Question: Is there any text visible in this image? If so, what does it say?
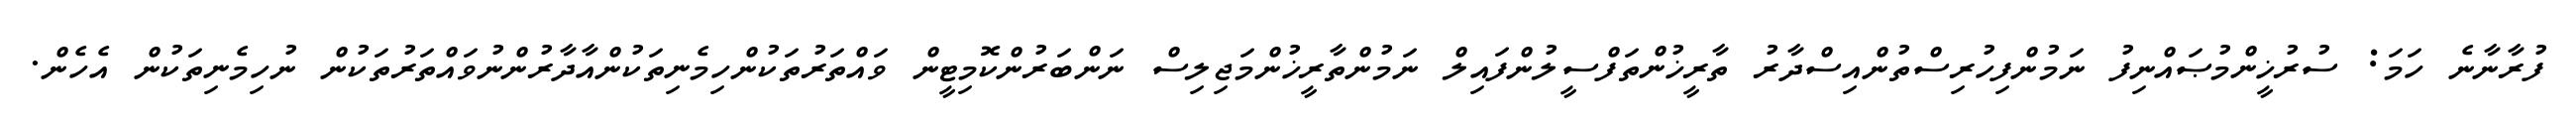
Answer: ފުރާނާނެ ހަމަ: ސުރުޚީންމުޞައްނިފު ނަމުންފިހުރިސްތުންއިސްދާރު ތާރީޚުންތަފްސީލުންފައިލް ނަމުންތާރީޚުންމަޖިލިސް ނަންބަރުންކޮމިޓީން ވައްތަރުތަކުންހިމެނިތަކުންއާދާރުންނުވައްތަރުތަކުން ނުހިމެނިތަކުން އެހެން.